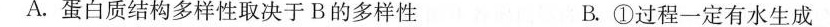
A.蛋白质结构多样性取决于B的多样性 B.①过程一定有水生成